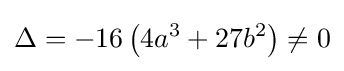
\Delta =-16\left(4a^{3}+27b^{2}\right)\neq 0